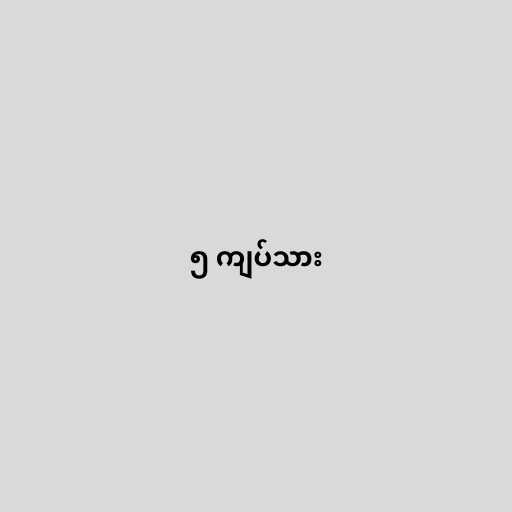
၅ ကျပ်သား